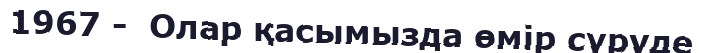
1967 -  Олар қасымызда өмір сүруде